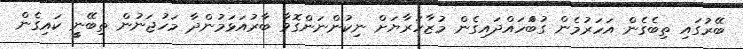
ބޭރުގައި ތިބެގެން އަހަރުމެން ގުބްަހައްދައިގެން މުޒާހަރާޔަށް ނިކުންނަންގޮވާ ބާރުއަޅަމުންދާ މަހުޖަނުން ތިބޭނީީ ކައިގެން